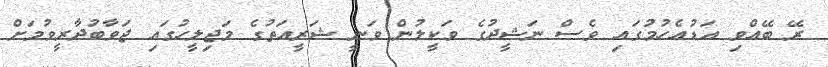
ރޭ ބޭއްވި އަޑުއެހުމުގައި ވެސް ނަޝީދުގެ ވަކީލުން ވަނީ ޝަރީއަތުގެ މަޖިލީހުގައި ޖަވާބުދާރީވުމަށް